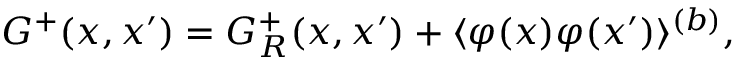
G ^ { + } ( x , x ^ { \prime } ) = G _ { R } ^ { + } ( x , x ^ { \prime } ) + \langle \varphi ( x ) \varphi ( x ^ { \prime } ) \rangle ^ { ( b ) } ,